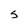
Character: s